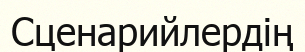
Сценарийлердің